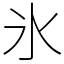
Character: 氷